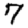
Digit: 7